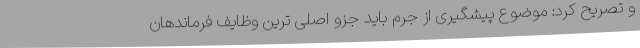
و تصریح کرد: موضوع پیشگیری از جرم باید جزو اصلی ترین وظایف فرماندهان